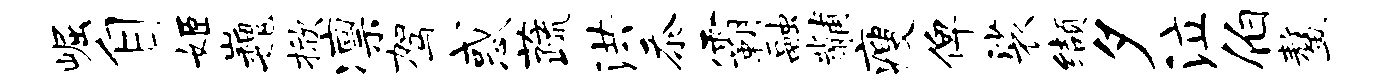
崛自姬巍掀凛驾惑蔬洪忝霸融黼瘦俾裟缬夕泣伯鳌